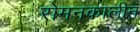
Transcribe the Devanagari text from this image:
रोमनकालीन